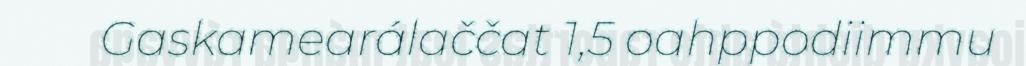
Gaskamearálaččat 1,5 oahppodiimmu